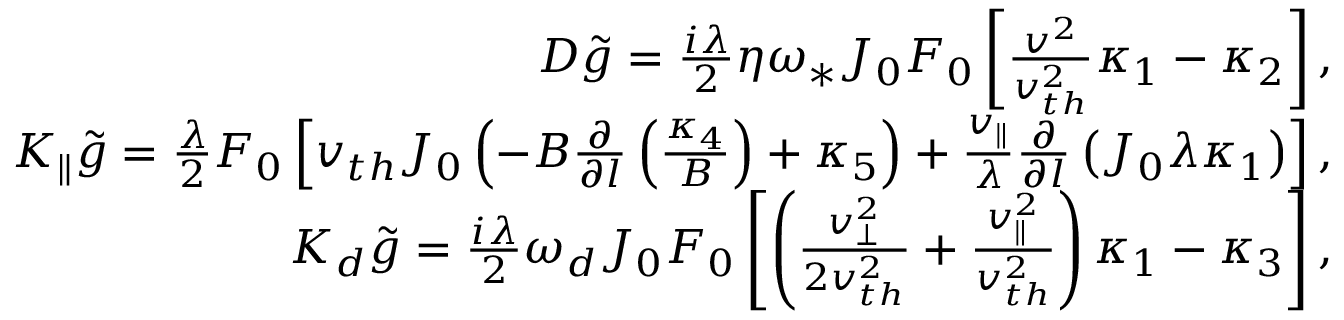
\begin{array} { r } { { \cal D } \tilde { g } = \frac { i \lambda } { 2 } \eta \omega _ { \ast } J _ { 0 } F _ { 0 } \left[ \frac { v ^ { 2 } } { v _ { t h } ^ { 2 } } \kappa _ { 1 } - \kappa _ { 2 } \right] , } \\ { { \cal K } _ { \| } \tilde { g } = \frac { \lambda } { 2 } F _ { 0 } \left[ v _ { t h } J _ { 0 } \left( - B \frac { \partial } { \partial l } \left( \frac { \kappa _ { 4 } } { B } \right) + \kappa _ { 5 } \right) + \frac { v _ { \| } } { \lambda } \frac { \partial } { \partial l } \left( J _ { 0 } \lambda \kappa _ { 1 } \right) \right] , } \\ { { \cal K } _ { d } \tilde { g } = \frac { i \lambda } { 2 } \omega _ { d } J _ { 0 } F _ { 0 } \left[ \left( \frac { v _ { \perp } ^ { 2 } } { 2 v _ { t h } ^ { 2 } } + \frac { v _ { \| } ^ { 2 } } { v _ { t h } ^ { 2 } } \right) \kappa _ { 1 } - \kappa _ { 3 } \right] , } \end{array}